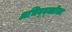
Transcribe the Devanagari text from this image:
अभिव्य्क्तीला